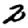
Digit: 2